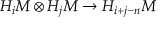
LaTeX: H _ { i } M \otimes H _ { j } M \to H _ { i + j - n } M